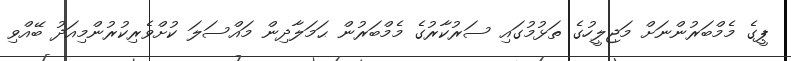
ޕީގެ މެމްބަރުންނަށް މަޖިލީހުގެ ތަޅުމުގައި ސަރުކާރުގެ މެމްބަރުން ޙަމަލާދިން މައްސަލަ ކުށްވެރިކުރުންމިއަދު ބޭއްވި